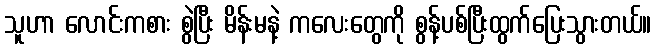
သူဟာ လောင်းကစား စွဲပြီး မိန်းမနဲ့ ကလေးတွေကို စွန့်ပစ်ပြီးထွက်ပြေးသွားတယ်။